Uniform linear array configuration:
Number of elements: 4
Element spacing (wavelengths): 0.25
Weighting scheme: hamming
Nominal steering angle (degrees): -45
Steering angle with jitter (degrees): -43.335
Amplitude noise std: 0.05
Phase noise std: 0.05

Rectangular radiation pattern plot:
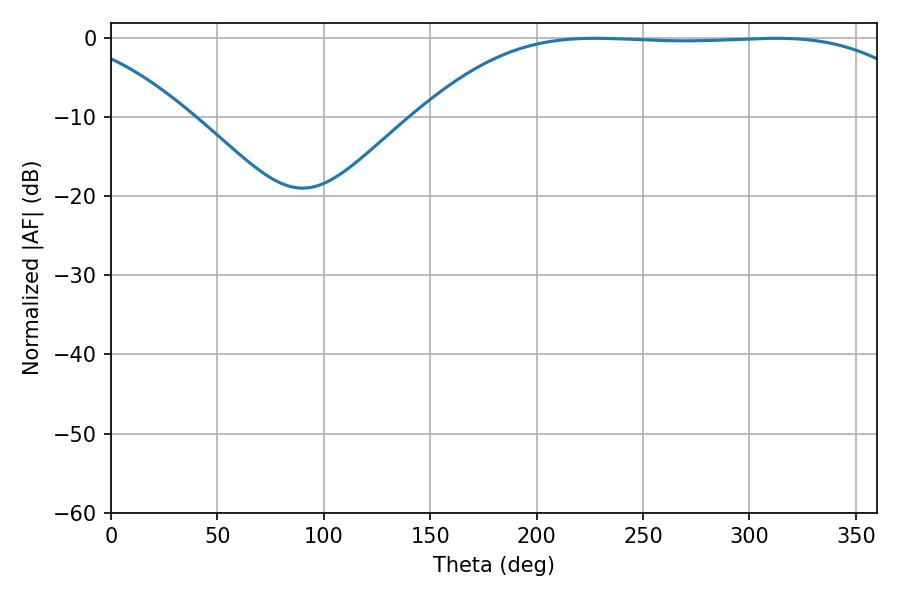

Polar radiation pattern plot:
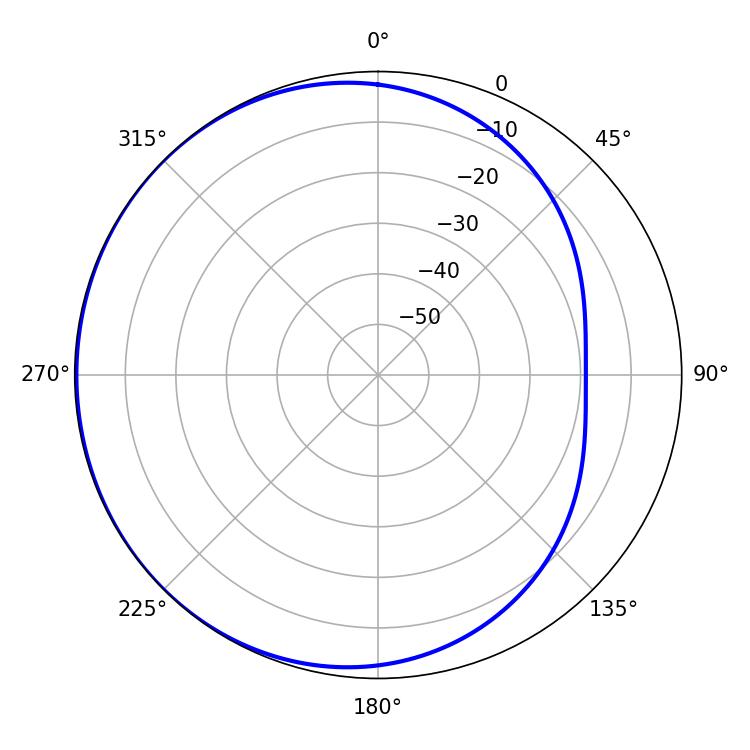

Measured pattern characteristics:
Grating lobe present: FALSE
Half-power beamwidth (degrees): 183.06
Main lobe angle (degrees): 227.52